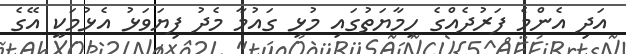
އަދި އެންމެ ފަރުދެއްގެ ހިމާޔަތުގައި މުޅި ގައުމާ މެދު ފިޔަވަޅު އެޅުމަކީ އޭގެ